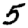
Digit: 5